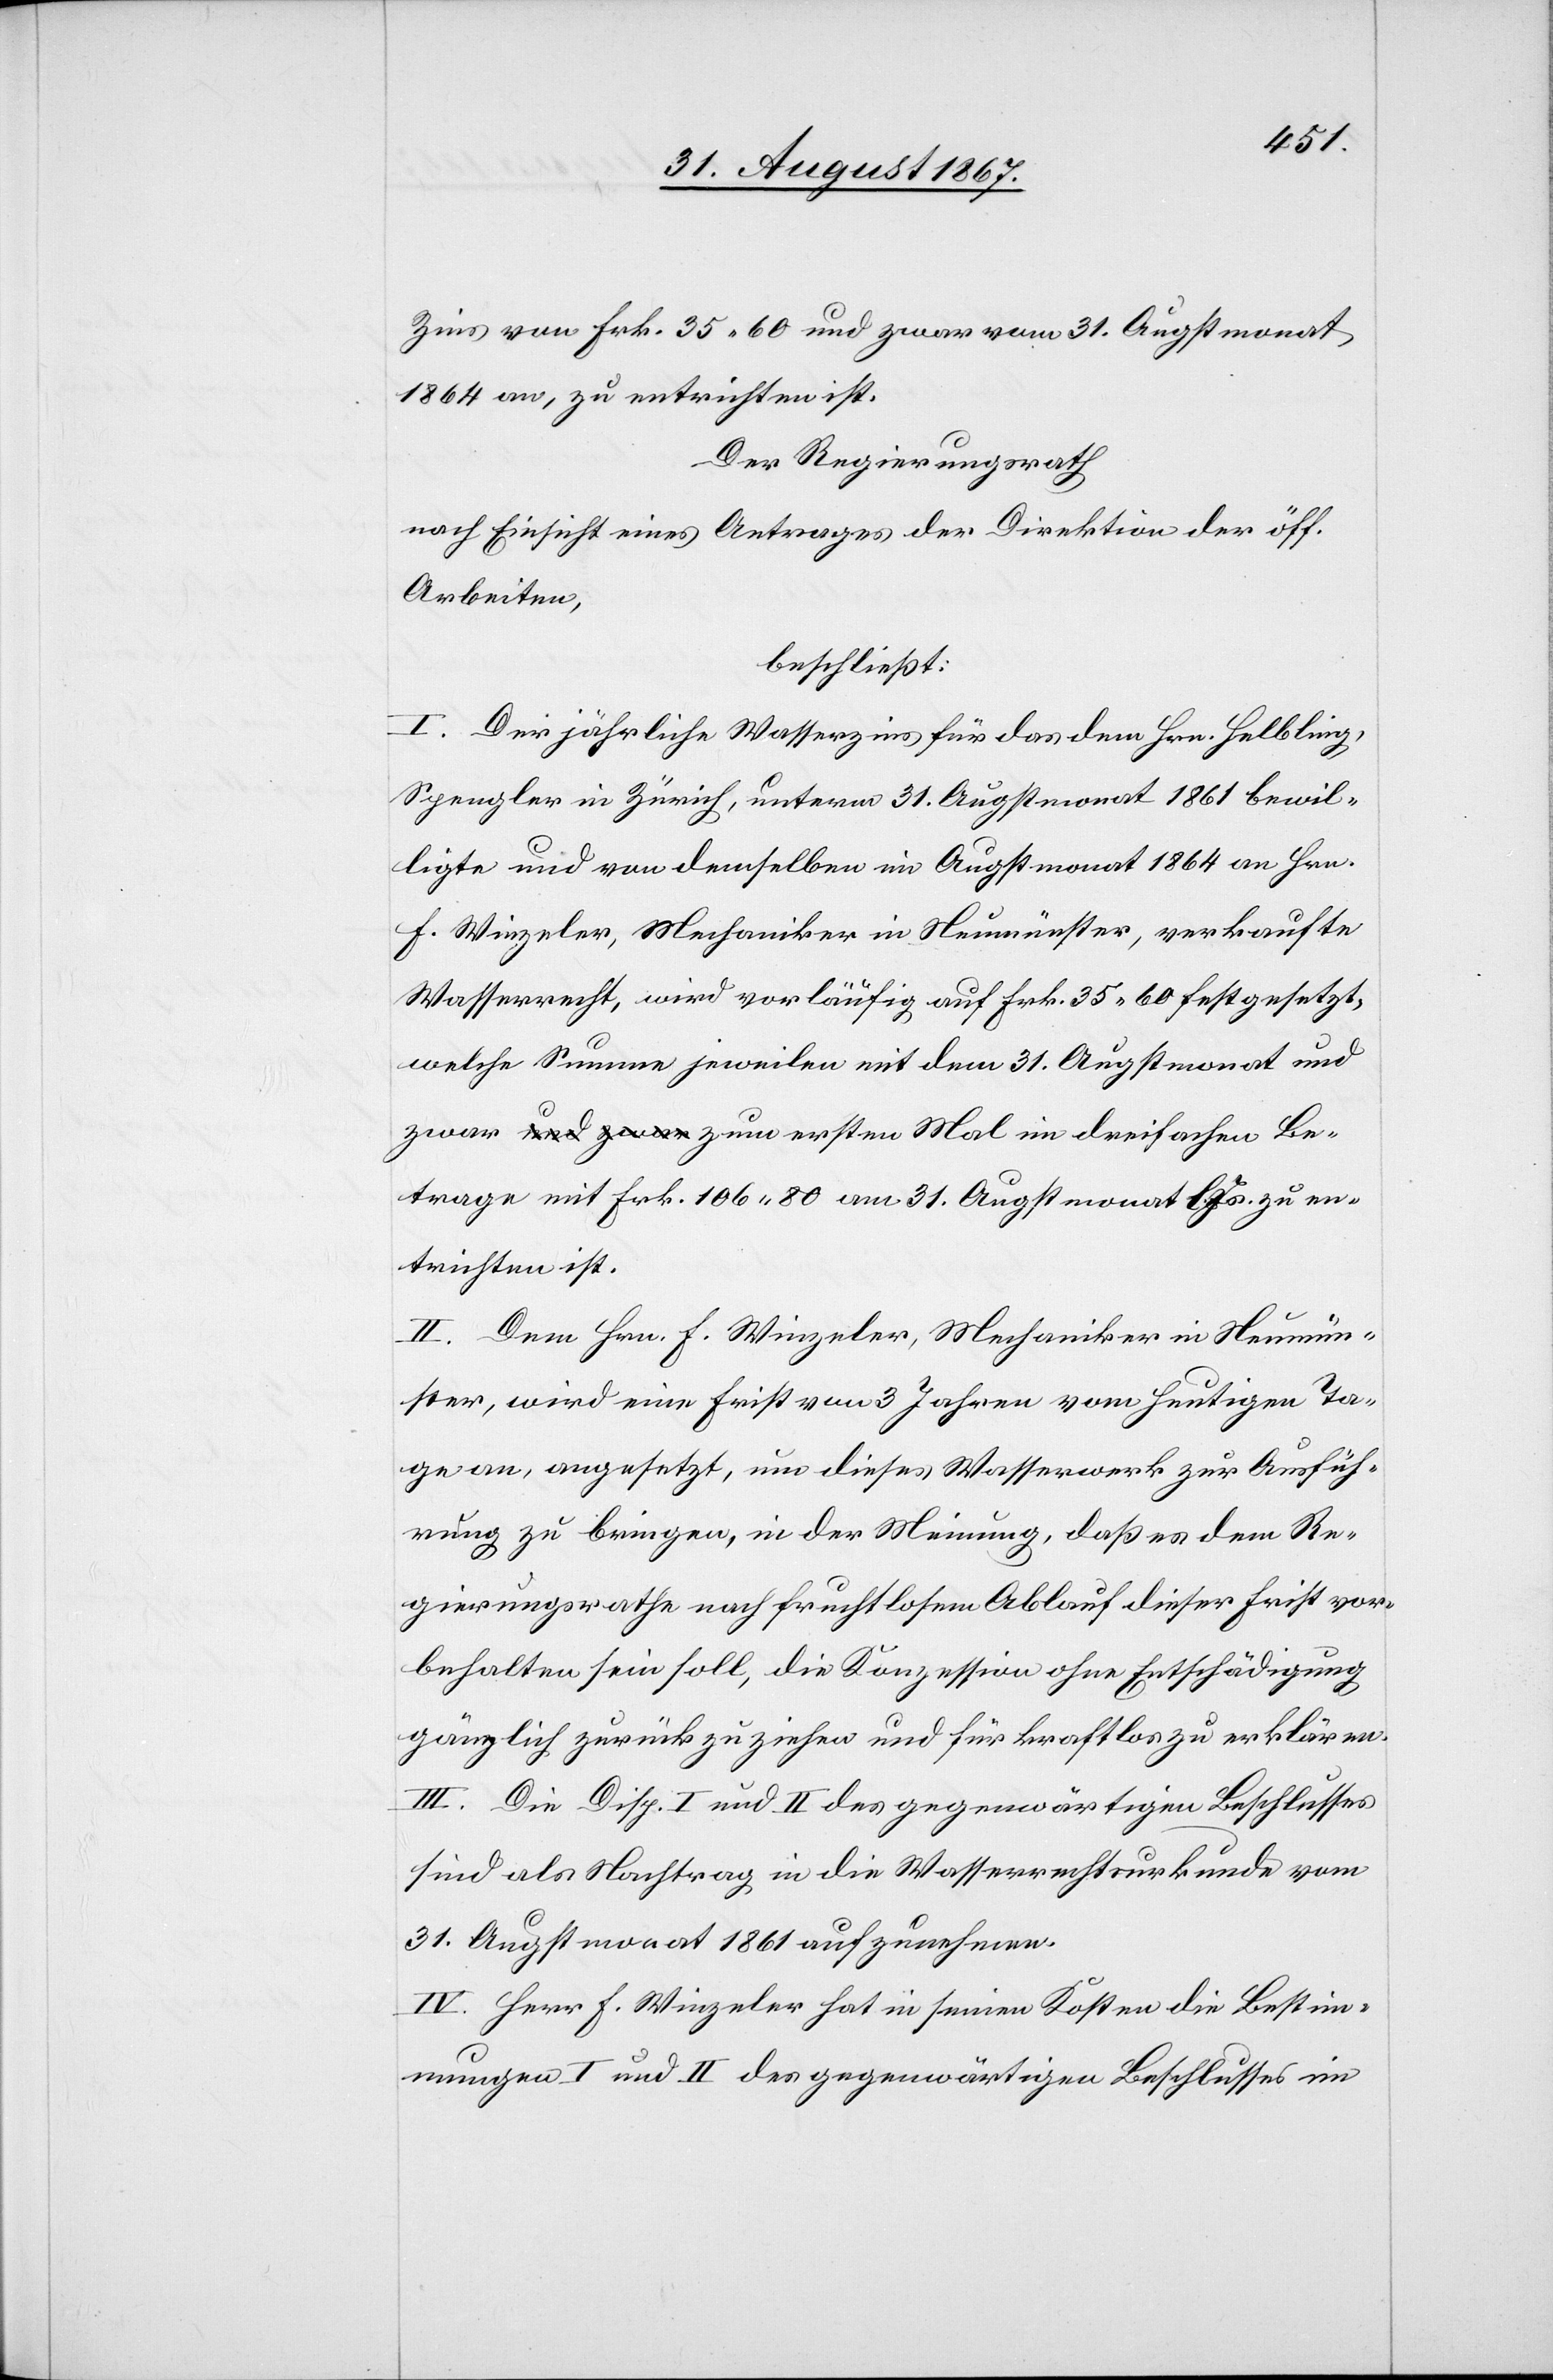
Zins von Frk. 35.60 und zwar vom 31. Augstmonat
1864 an, zu entrichten ist.
Der Regierungsrath,
nach Einsicht eines Antrages der Direktion der öff.
Arbeiten,
beschließt:
I. Der jährliche Wasserzins für das dem Hrn. Helbling,
Spengler in Zürich, unterm 31. Augstmonat 1861 bewil¬
ligte und von demselben im Augstmonat 1864 an Hrn.
Wasserrecht, wird vorläufig auf Frk. 35.60 festgesetzt,
welche Summe jeweilen mit dem 31. Augstmonat und
Betrage mit Frk. 196.80 am 31. Augstmonat l. Js. zu en¬
trichten ist.
II. Dem Hrn. F. Winzeler, Mechaniker in Neumün¬
ster, wird eine Frist von 3 Jahren vom heutigen Ta¬
ge an, angesetzt, um dieses Wasserwerk zur Ausfüh¬
rung zu bringen, in der Meinung, daß es dem Re¬
gierungsrathe nach fruchtlosem Ablauf dieser Frist vor¬
behalten sein soll, die Konzession ohne Entschädigung
gänzlich zurückzuziehen und für kraftlos zu erklären.
III. Die Disp. I und II des gegenwärtigen Beschlusses
sind als Nachtrag in die Wasserrechtsurkunde vom
31. Augstmonat aufzunehmen.
IV. Herr F. Winzeler hat in seinen Kosten die Bestim¬
mungen I und II des gegenwärtigen Beschlusses im